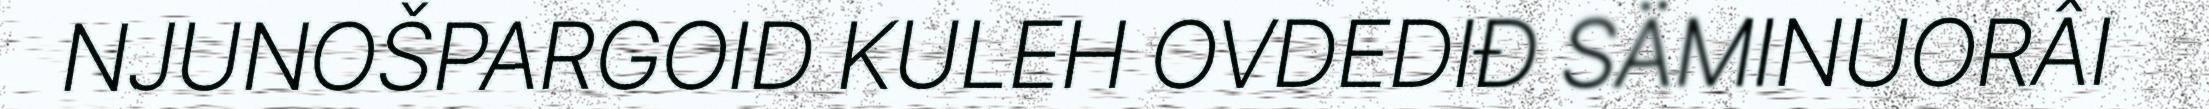
NJUNOŠPARGOID KULEH OVDEDIĐ SÄMINUORÂI